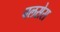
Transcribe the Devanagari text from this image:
पलसेस